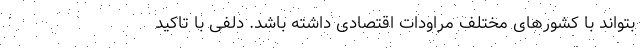
بتواند با کشورهای مختلف مراودات اقتصادی داشته باشد. دلفی با تاکید